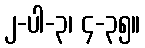
၂-ပါ-၃၊ ၄-၃၅။